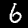
Digit: 6